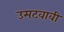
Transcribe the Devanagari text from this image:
उमटवावी